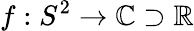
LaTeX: f:S^{2}\to\mathbb{C}\supset\mathbb{R}